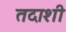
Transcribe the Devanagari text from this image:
तदाशी